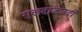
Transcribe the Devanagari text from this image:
गुलदाऊउदी